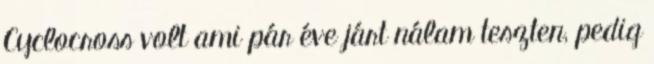
Cyclocross volt ami pár éve járt nálam teszten, pedig